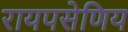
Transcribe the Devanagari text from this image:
रायपसेणिय